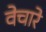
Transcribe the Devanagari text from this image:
वेचारे